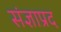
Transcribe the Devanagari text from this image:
संज्ञाप्रद